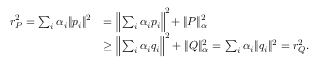
\begin{array} { r l } { r _ { P } ^ { 2 } = \sum _ { i } \alpha _ { i } \| p _ { i } \| ^ { 2 } } & { = \Big \| \sum _ { i } \alpha _ { i } p _ { i } \Big \| ^ { 2 } \! + \| P \| _ { \alpha } ^ { 2 } } \\ & { \ge \Big \| \sum _ { i } \alpha _ { i } q _ { i } \Big \| ^ { 2 } + \| Q \| _ { \alpha } ^ { 2 } = \sum _ { i } \alpha _ { i } \| q _ { i } \| ^ { 2 } = r _ { Q } ^ { 2 } . } \end{array}